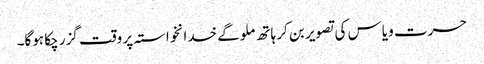
حسرت و یاس کی تصویر بن کر ہاتھ ملوگے خدانخواستہ پر وقت گزر چکا ہوگا۔